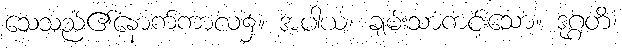
သေသည်၏နောက်ကာလ၌။ အပါယံ၊ ချမ်းသာကင်းသော။ ဒုဂ္ဂတိံ၊